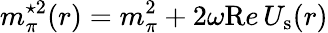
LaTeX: m_{\pi}^{\star 2}(r)=m_{\pi}^{2}+2\omega{\mathrm Re}\, U_{\mathrm{s}}(r)